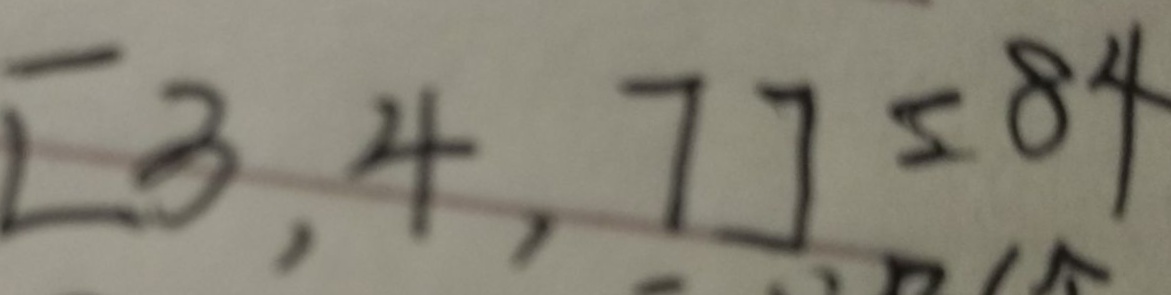
[ 3 , 4 , 7 ] = 8 4